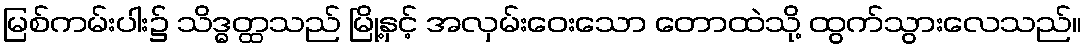
မြစ်ကမ်းပါး၌ သိဒ္ဓတ္ထသည် မြို့နှင့် အလှမ်းဝေးသော တောထဲသို့ ထွက်သွားလေသည်။